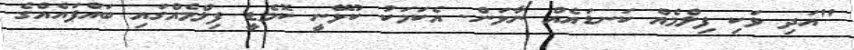
"އަދި ވަކި ފިލްމެއް ކަނޑައެއް ނާޅަން. އެކަމަކު ކުޅޭނީ ކޮމެޑީ ފިލްމެއްގައި ބައްޕައެއްގެ